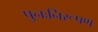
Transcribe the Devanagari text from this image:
पुनःनिरूपण